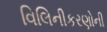
વિલિનીકરણોની